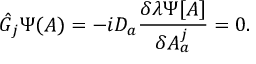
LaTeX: { \hat { G } } _ { j } \Psi ( A ) = - i D _ { a } { \frac { \delta \lambda \Psi [ A ] } { \delta A _ { a } ^ { j } } } = 0 .